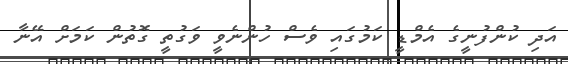
އަދި ކުންފުނީގެ އެމްޑީ ކަމުގައި ވެސް ހުންނެވީ ވަގުތީ ގޮތުން ކަމަށް އޭނާ